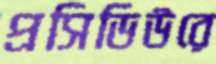
প্রসিডিউরে